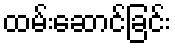
ထမ်းဆောင်ခြင်း